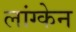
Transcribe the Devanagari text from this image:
लांग्केन